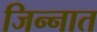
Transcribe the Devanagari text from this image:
जिन्‍नात